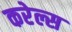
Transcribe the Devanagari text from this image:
करेल्स